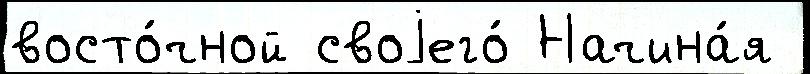
восто́чной своjего́ Начина́я